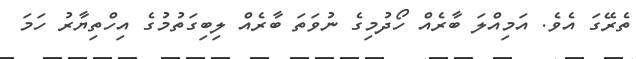
ތެރޭގަ އެވެ. އަމިއްލަ ބާރެއް ހޯދުމިގެ ނުވަތަ ބާރެއް ލިބިގަތުމުގެ އިހްތިޔާރު ހަމަ